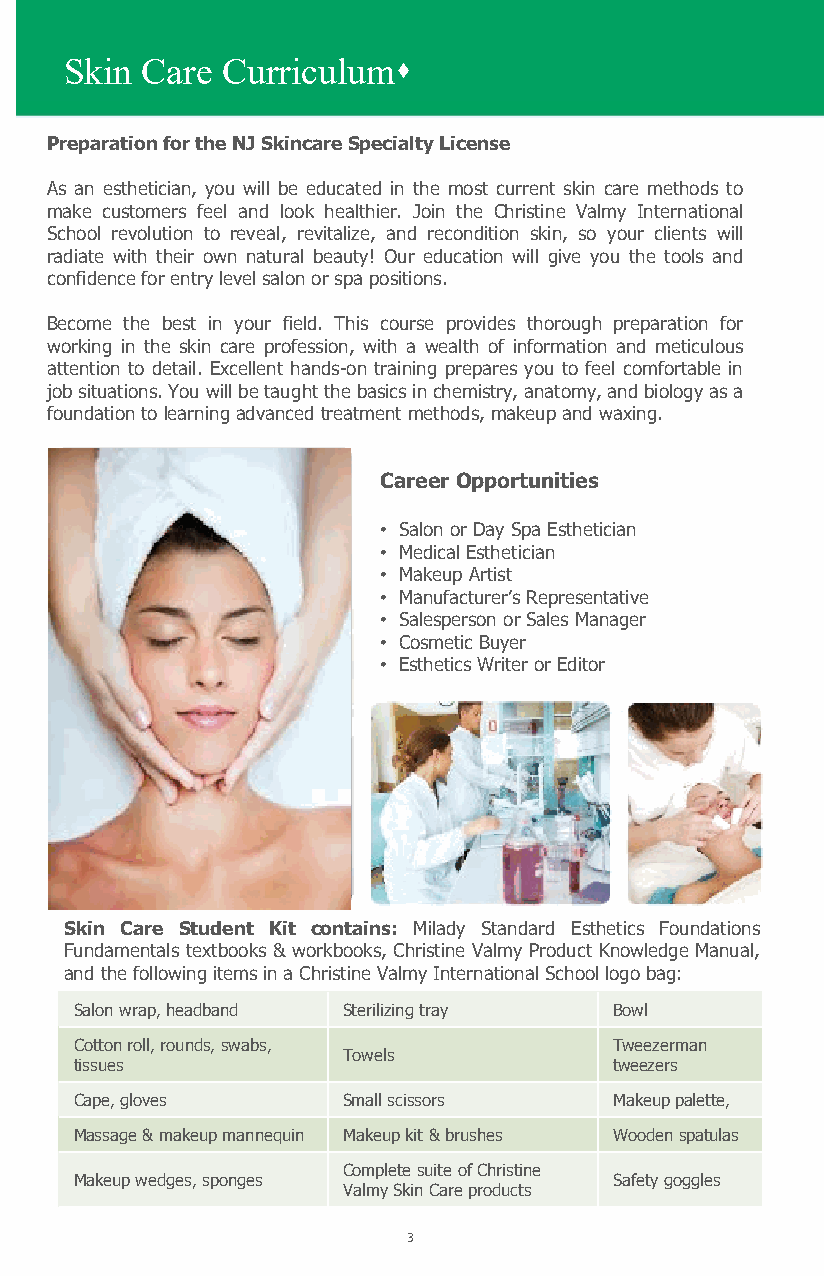
Skin Care  Curriculum
 Preparation for the NJ Skincare Specialty License
 As an esthetician, you will be educated in the most current skin care methods to
 make customers feel and look healthier. Join the Christine Valmy International
 School revolution to reveal, revitalize, and recondition skin, so your clients will
 radiate with their own natural beauty! Our education will give you the tools and
 confidence for entry level salon or spa positions.
 Become the best in your field. This course provides thorough preparation for
 working in the skin care profession, with a wealth of information and meticulous
 attention to detail. Excellent hands-on training prepares you to feel comfortable in
 job situations. You will be taught the basics in chemistry, anatomy, and biology as a
 foundation to learning advanced treatment methods, makeup and waxing.
 Career Opportunities
 • Salon or Day Spa Esthetician
 • Medical Esthetician
 • Makeup Artist
 • Manufacturer’s Representative
 • Salesperson or Sales Manager
 • Cosmetic Buyer
 • Esthetics Writer or Editor
 Skin Care Student Kit contains: Milady Standard Esthetics Foundations
 Fundamentals textbooks & workbooks, Christine Valmy Product Knowledge Manual,
 and the following items in a Christine Valmy International School logo bag:
 Salon wrap, headband Sterilizing tray Bowl
 Cotton roll, rounds, swabs,         Tweezerman
 Towels
 tissues                             tweezers
 Cape, gloves      Small scissors    Makeup palette,
 Massage & makeup mannequin Makeup kit & brushes Wooden spatulas
 Complete suite of Christine
 Makeup wedges, sponges              Safety goggles
 Valmy Skin Care products
 3